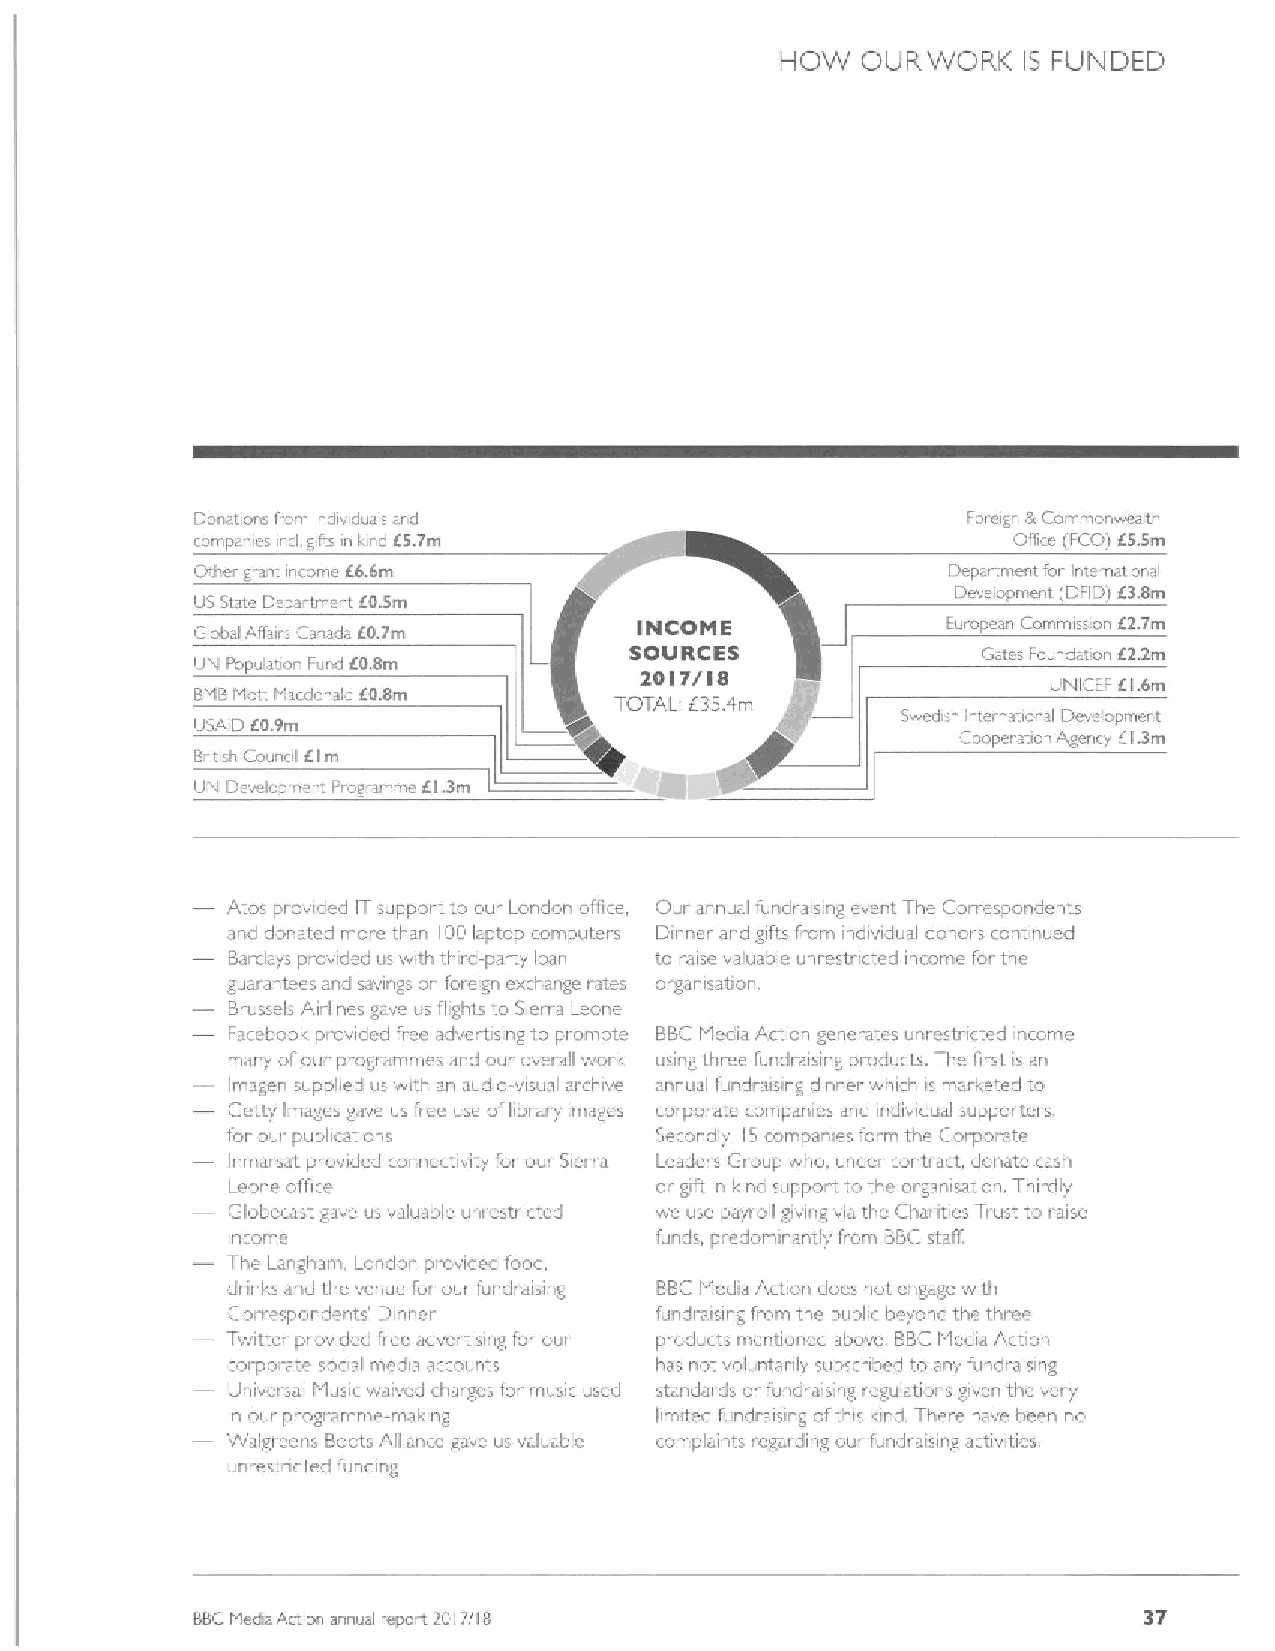
I-IOW OUR WORK  IS FUNDED
 Derations Iron»ndiv duals srd                      Foreign &Cors&monwealth
 &ompnn vs iicl,5fts in I.nd E5,7m                     Olfice (FCO) f5.5m
 Otl e. grant income E6.6m                         Depai tment for International
 Develooment (DFID)
 f3.8m
 US State Depa.trnent E0.5m
 Global Affairs Canada E0.7m  INtCOIvlE            European Commission E2.7m
 SOU RCSS               Gates Foundrtro E2.2m
 UM Population Fur d EO.Bm    2t0I7/IS
 IJNICEF E1.6m
 BMBMott M«donald 60.8m
 'TOTAL E35,4m
 IJSAID Eoi9m                                   Swed sh International Devcloprnent
 Cooperatior. Agency E1.3m
 8 itish Council E.lrn
 UN Dev lupi i. nt Piogramme EI.3m
 Atos prowded IT suppat t.to our London office, Our annual fundratsing event The Correspondents
 and donated ma e than IOD laptop connputers Dinner and gifts fiom individual donors continued
 Barclays provided us with third-party loan to raise valuable unrestncted income far the
 guarantees and savings on foreign exchange rates organisation.
 Brussels Airlines gave us flights io Sierra Leone
 Fatebool& provided free advertising to promatc BBCMedia Artion generates unrestricted income
 many ofour programme& and our overall work using three fundraising products. The first is an
 Imagen supplied us with an audio-visual archr e annual fundraising dinner which is marketed to
 Getty Images gave us free use aflibiai-y images rarporate companies and individual suppaiters
 for our publications        Secondly, 15companies form the Corporate
 Inmarsat provided connectivity for oui Steria Leaders Group who. unde. contrart, donate cash
 Leone office                ar gift in kind support to the organisation. Thirdly
 Glabeca tgave us valuable unrestricted we use payroll giving via the Charities Trust to raise
 income                      funds, predominantly from BBCstaff.
 The Langham. London pr.ovided food.
 dnnks and the venue lor our fundi aising BBCMedia Action does nal. engage with
 Co~respondents' Dinner      fundraising from the public beyond the three
 Twitter provided I'ree advertising fot our products mentianed above. BBCMedia Act~on
 corporate social media accounts has not voluntarily subscnbed to any fundraising
 Llnivei sal Music waived charges for music used standards ar fundraising iegulatiro ~s given the very
 in oui programme-making     limited fundraising ofthis l&ind, There have been no
 Walgrecns Boots Alliance gave us valuable complaints regarding our fundraising activities.
 unrestncted funding
 37
 BBCMedia Action annual repen 20177(8